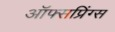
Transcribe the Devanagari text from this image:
ऑफ्सप्रिंग्स